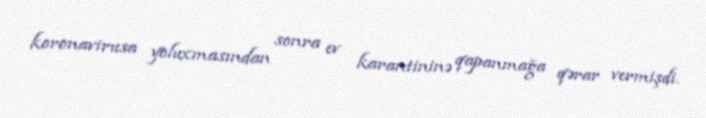
koronavirusa yoluxmasından sonra ev karantininə qapanmağa qərar vermişdi.